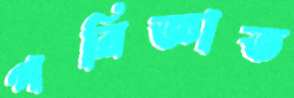
পরিজ্ঞাত